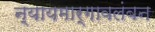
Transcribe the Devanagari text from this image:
न्यायमार्गावलंबन